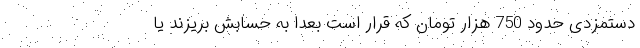
دستمزدی حدود 750 هزار تومان که قرار است بعداً به حسابش بریزند یا